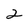
Character: 2